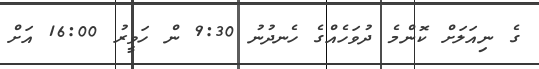
ގެ ނިއަލަށް ކޮންމެ ދުވަހެއްގެ ހެނދުނު 9:30 ން ހަވީރު 16:00 އަށް